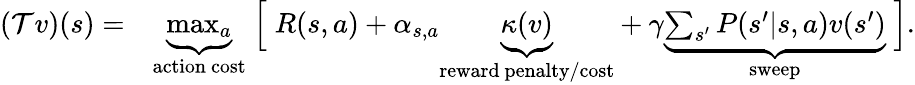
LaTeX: \begin{array}{rl}{(\mathcal{T}v)(s)=}&{\underbrace{\operatorname*{max}_{a}}_{\mathrm{action~cost}}\Bigm[R(s,a)+\alpha_{s,a}\underbrace{\kappa(v)}_{\mathrm{reward~penalty/cost}}+\gamma\underbrace{\sum_{s^{\prime}}P(s^{\prime}|s,a)v(s^{\prime})}_{\mathrm{sweep}}\Bigm].}\end{array}